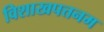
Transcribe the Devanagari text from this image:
विशाखपत्तनम